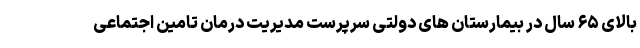
بالای ۶۵ سال در بیمارستان های دولتی سرپرست مدیریت درمان تامین اجتماعی